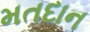
મતદાન